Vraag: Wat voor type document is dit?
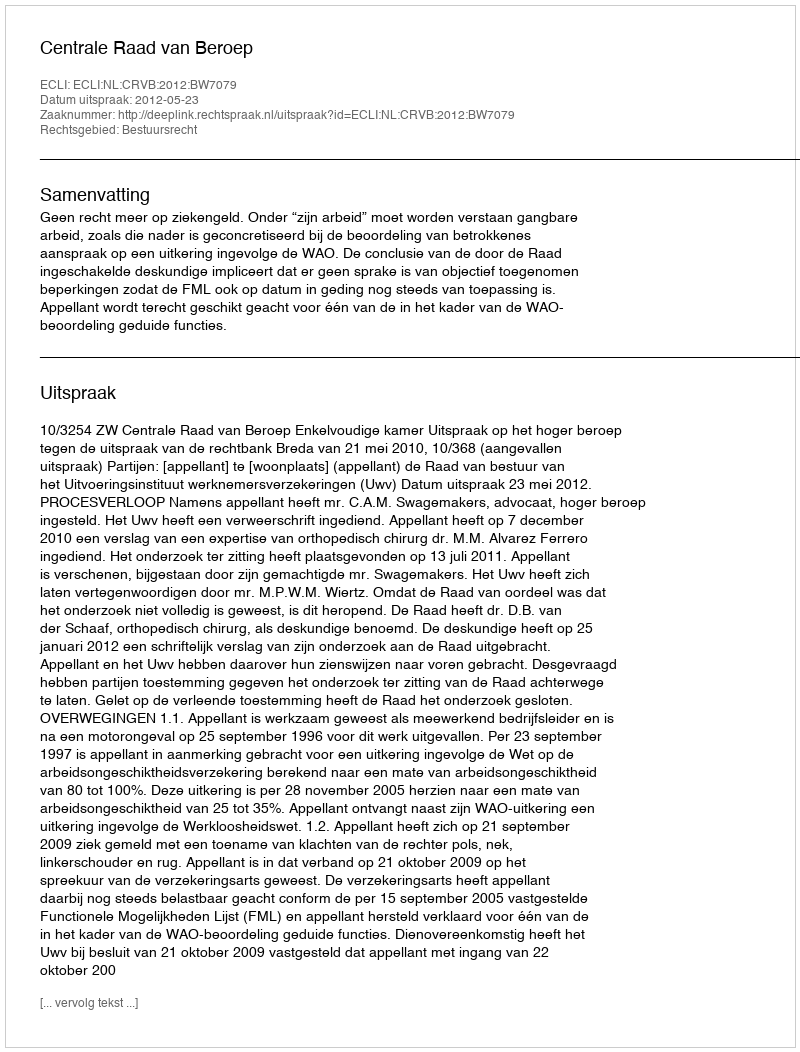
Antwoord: Uitspraak